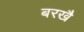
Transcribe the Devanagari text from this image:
बरखै